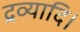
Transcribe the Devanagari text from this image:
द्रव्यादि।